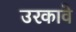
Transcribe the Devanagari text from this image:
उरकावे